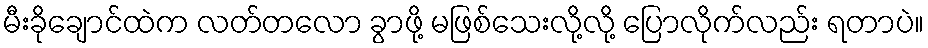
မီးခိုချောင်ထဲက လတ်တလော ခွာဖို့ မဖြစ်သေးလို့လို့ ပြောလိုက်လည်း ရတာပဲ။